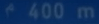
400 m